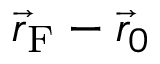
\Vec { r } _ { \mathrm { F } } - \Vec { r } _ { 0 }